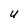
Character: U